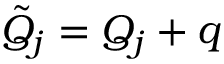
\Tilde { Q } _ { j } = Q _ { j } + q